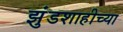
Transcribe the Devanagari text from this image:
झुंडशाहीच्या